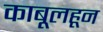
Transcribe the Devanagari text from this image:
काबूलहून